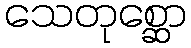
သေတုစ္ဆော